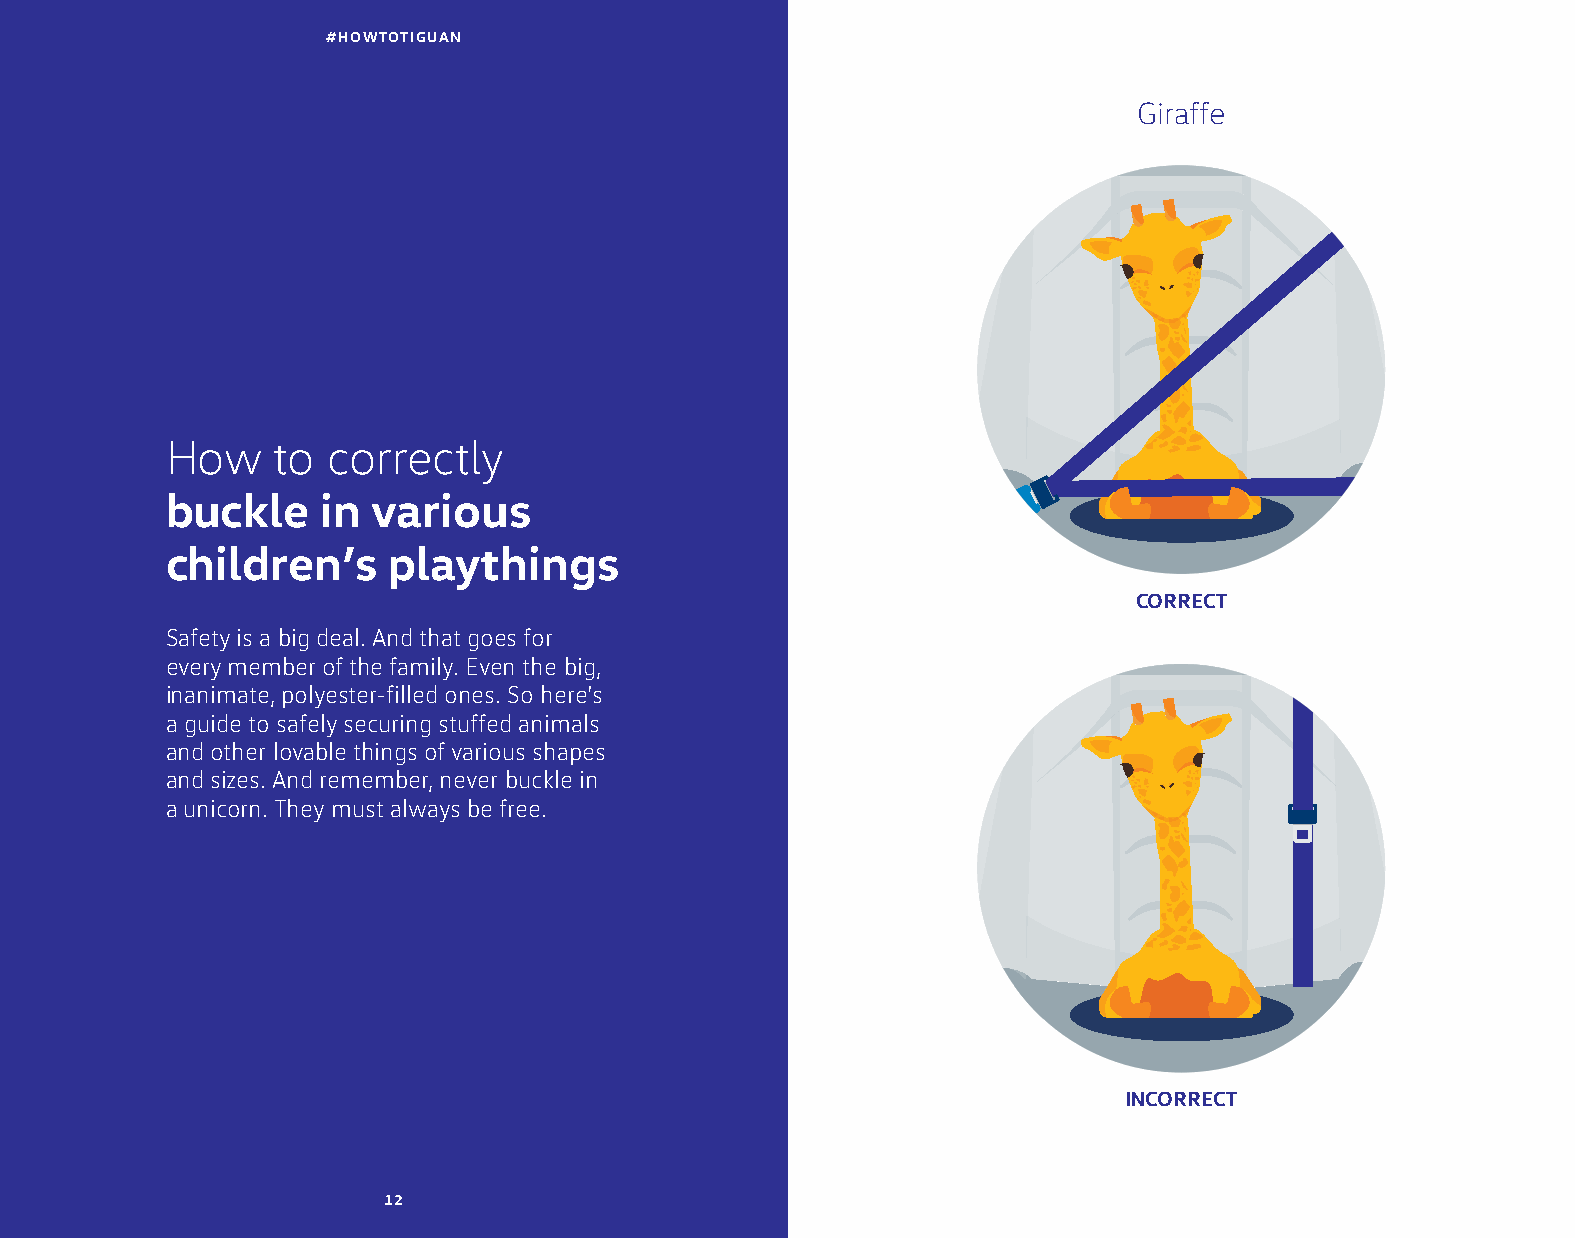
#HOWTOTIGUAN
 Giraffe
 How    to  correctly
 buckle    in  various
 children’s     playthings
 CORRECT
 Safety is a big deal. And that goes for
 every member of the family. Even the big,
 inanimate, polyester-filled ones. So here’s
 a guide to safely securing stuffed animals
 and other lovable things of various shapes
 and sizes. And remember, never buckle in
 a unicorn. They must always be free.
 INCORRECT
 12